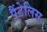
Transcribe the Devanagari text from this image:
पैंटेलिस